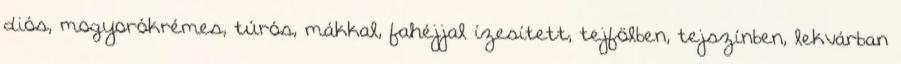
diós, mogyorókrémes, túrós, mákkal, fahéjjal ízesített, tejfölben, tejszínben, lekvárban